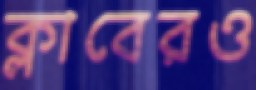
ক্লাবেরও